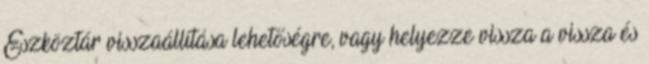
Eszköztár visszaállítása lehetőségre, vagy helyezze vissza a vissza és